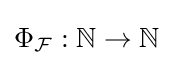
\Phi _{\mathcal {F}}:\mathbb {N} \to \mathbb {N}